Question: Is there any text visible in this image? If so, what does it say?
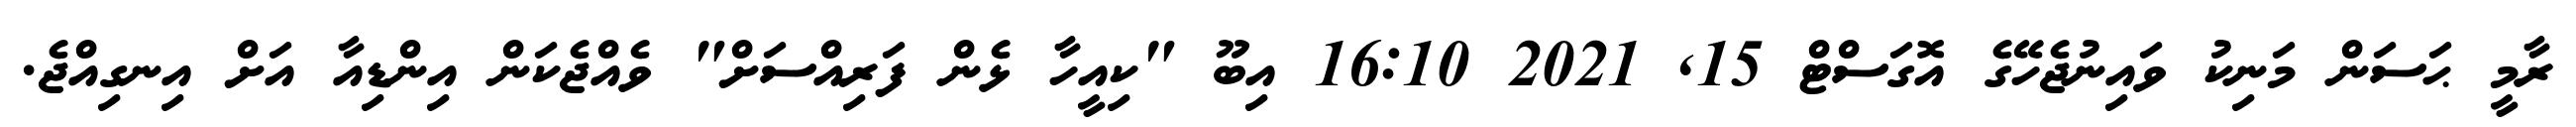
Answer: ރާމީ ޙަސަން މަނިކު ވައިނުޖެހޭގެ އޮގަސްޓް 15, 2021 16:10 އިބޫ "ކިއީހާ ޅެން ފަރިއްސަށް" ވެއްޖެކަން އިންޑިއާ އަށް އިނގިއްޖެ.